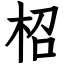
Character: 柖